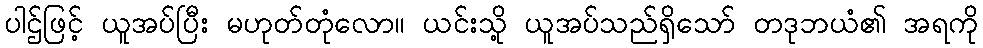
ပါဌ်ဖြင့် ယူအပ်ပြီး မဟုတ်တုံလော။ ယင်းသို့ ယူအပ်သည်ရှိသော် တဒုဘယံ၏ အရကို